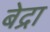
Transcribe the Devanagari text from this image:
बेद्रा